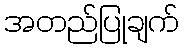
အတည်ပြုချက်